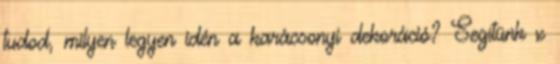
tudod, milyen legyen idén a karácsonyi dekoráció? Segítünk x